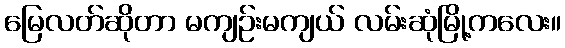
မြေလတ်ဆိုတာ မကျဉ်းမကျယ် လမ်းဆုံမြို့ကလေး။